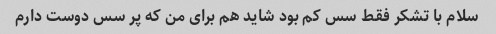
سلام با تشکر فقط سس کم بود شاید هم برای من که پر سس دوست دارم